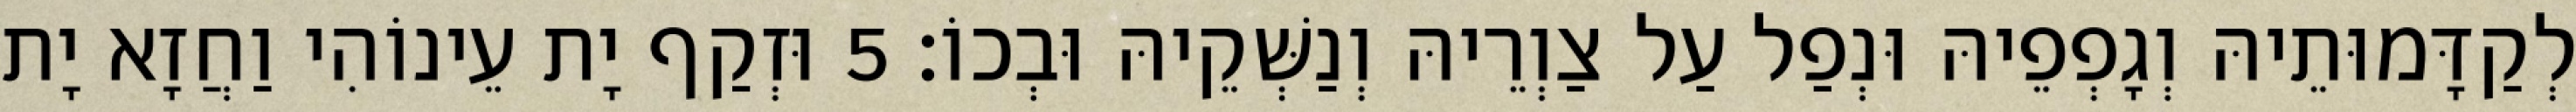
לְקַדָּמוּתֵיהּ וְגָפְפֵיהּ וּנְפַל עַל צַוְרֵיהּ וְנַשְּׁקֵיהּ וּבְכוֹ׃ 5 וּזְקַף יָת עֵינוֹהִי וַחֲזָא יָת